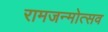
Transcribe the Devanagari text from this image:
रामजन्मोत्सव